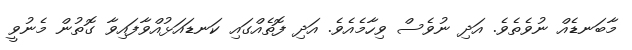
މާބަނޑެއް ނުވެތެވެ. އަދި ނުވެސް ވިހާމެއެވެ. އަދި ފޮތެއްގައި ކަނޑައަޅުއްވާފައިވާ ގޮތުން މެނުވީ